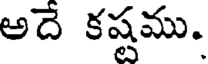
అదే కష్టము.